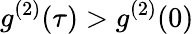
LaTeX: g^{(2)}(\tau)>g^{(2)}(0)